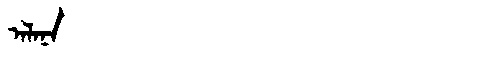
Manchu: ᠠᠯᠠᠨᠠ
Romanization: ALANA